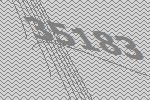
35183